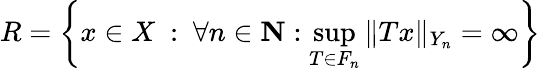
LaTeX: R=\left\{ x\in X\ :\ \forall n\in\mathbf{N}:\sup_{T\in F_{n}}\| Tx\| _{Y_{n}}=\infty\right\}